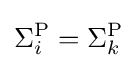
\Sigma _{i}^{\mathrm {P} }=\Sigma _{k}^{\mathrm {P} }